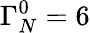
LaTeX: \Gamma_{N}^{0}=6